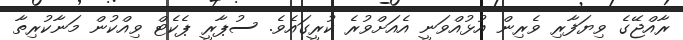
ރާއްޖޭގެ ވިޔަފާރި ވެރިން އުޅުއްވަނީ އެއަށްވުރެ ކުރީގައެވެ. ސުޕާރީ ޕެކެޓް ވިއްކުން މަނާކުރިތާ